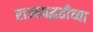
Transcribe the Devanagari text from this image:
राज्यपद्धतीच्या